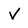
Character: V